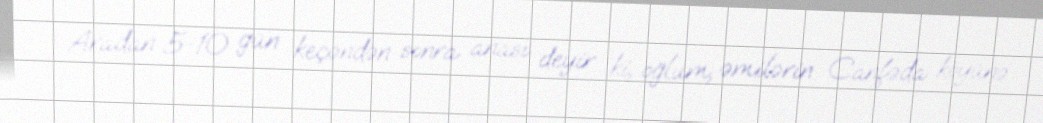
Aradan 5-10 gün keçəndən sonra anası deyir ki, oğlum, əmilərin Canfəda köyünə